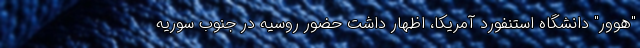
"هوور" دانشگاه استنفورد آمریکا، اظهار داشت حضور روسیه در جنوب سوریه